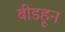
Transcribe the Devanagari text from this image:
बीडहून